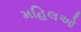
મહિલઓ